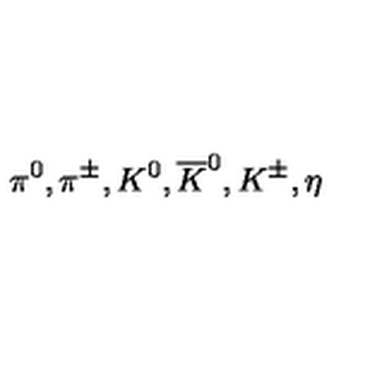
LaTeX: \pi ^ { 0 } , \pi ^ { \pm } , K ^ { 0 } , \overline { { K } } ^ { 0 } , K ^ { \pm } , \eta